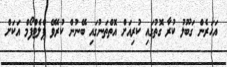
އަހަރެން ގަބޫލު ކުރާ ގޮތުގައި ކުރިއަށް އޮތްތަނުގައި ބޭނުން ކުރެވޭ ޕްލެޓްފޯމް އަކަށް